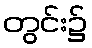
တွင်း၌